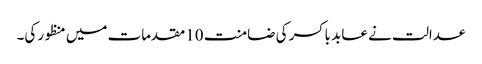
عدالت نے عابد باکسر کی ضامنت 10مقدمات میں منظور کی۔